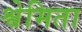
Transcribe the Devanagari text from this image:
श्वेमिता